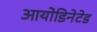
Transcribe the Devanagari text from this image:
आयोडिनेटेड